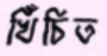
খিঁচিত